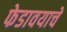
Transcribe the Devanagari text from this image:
फेडावयाचे